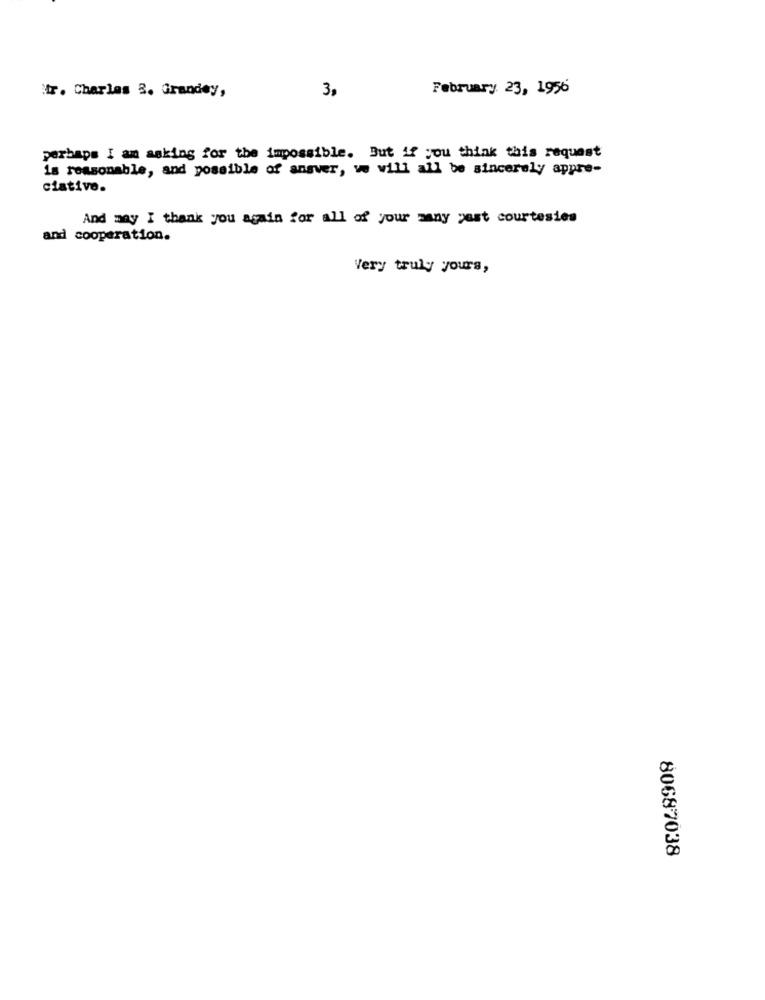
tr. Charles 3. Grandey,
February 23, 1956
3,
perhaps I am asking for the impossible. But if you think this request
is reasonable, and possible of ansver, we will all be sincerely appre-
ciative.
And may I thank you again for all of your many pest courtesies
and cooperation.
Very truly yours,
80687038